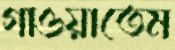
গাওয়াতেম